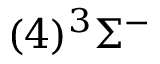
( 4 ) ^ { 3 } \Sigma ^ { - }